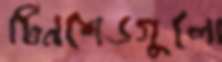
টিনশেডগুলো